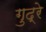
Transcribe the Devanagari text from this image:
गुद्रे